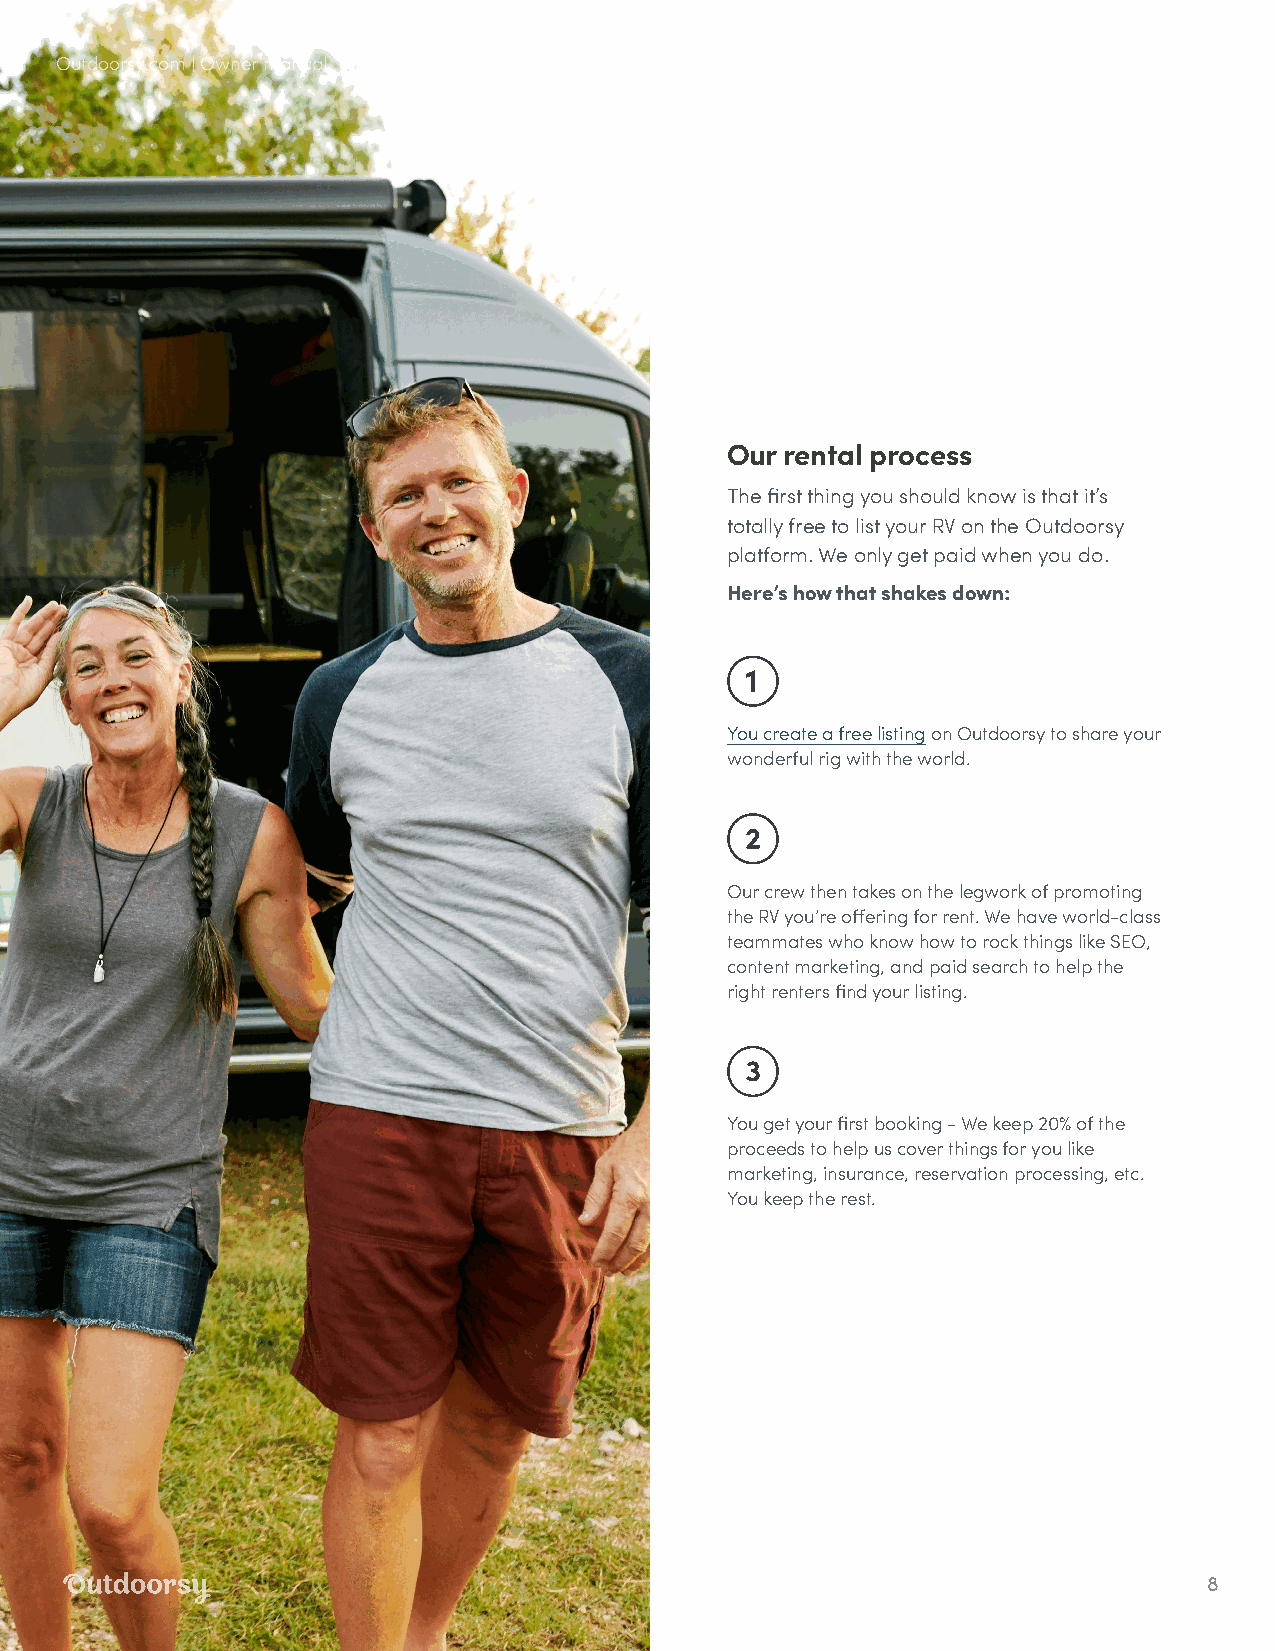
Outdoorsy.com | Owner manual
 Our rental process
 The first thing you should know is that it’s
 totally free to list your RV on the Outdoorsy
 platform. We only get paid when you do.
 Here’s how that shakes down:
 You create a free listing on Outdoorsy to share your
 wonderful rig with the world.
 Our crew then takes on the legwork of promoting
 the RV you’re offering for rent. We have world-class
 teammates who know how to rock things like SEO,
 content marketing, and paid search to help the
 right renters find your listing.
 You get your first booking - We keep 20% of the
 proceeds to help us cover things for you like
 marketing, insurance, reservation processing, etc.
 You keep the rest.
 8